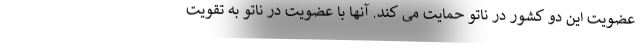
عضویت این دو کشور در ناتو حمایت می کند. آنها با عضویت در ناتو به تقویت